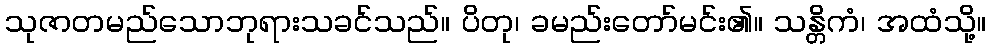
သုဇာတမည်သောဘုရားသခင်သည်။ ပိတု၊ ခမည်းတော်မင်း၏။ သန္တိကံ၊ အထံသို့။